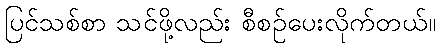
ပြင်သစ်စာ သင်ဖို့လည်း စီစဉ်ပေးလိုက်တယ်။